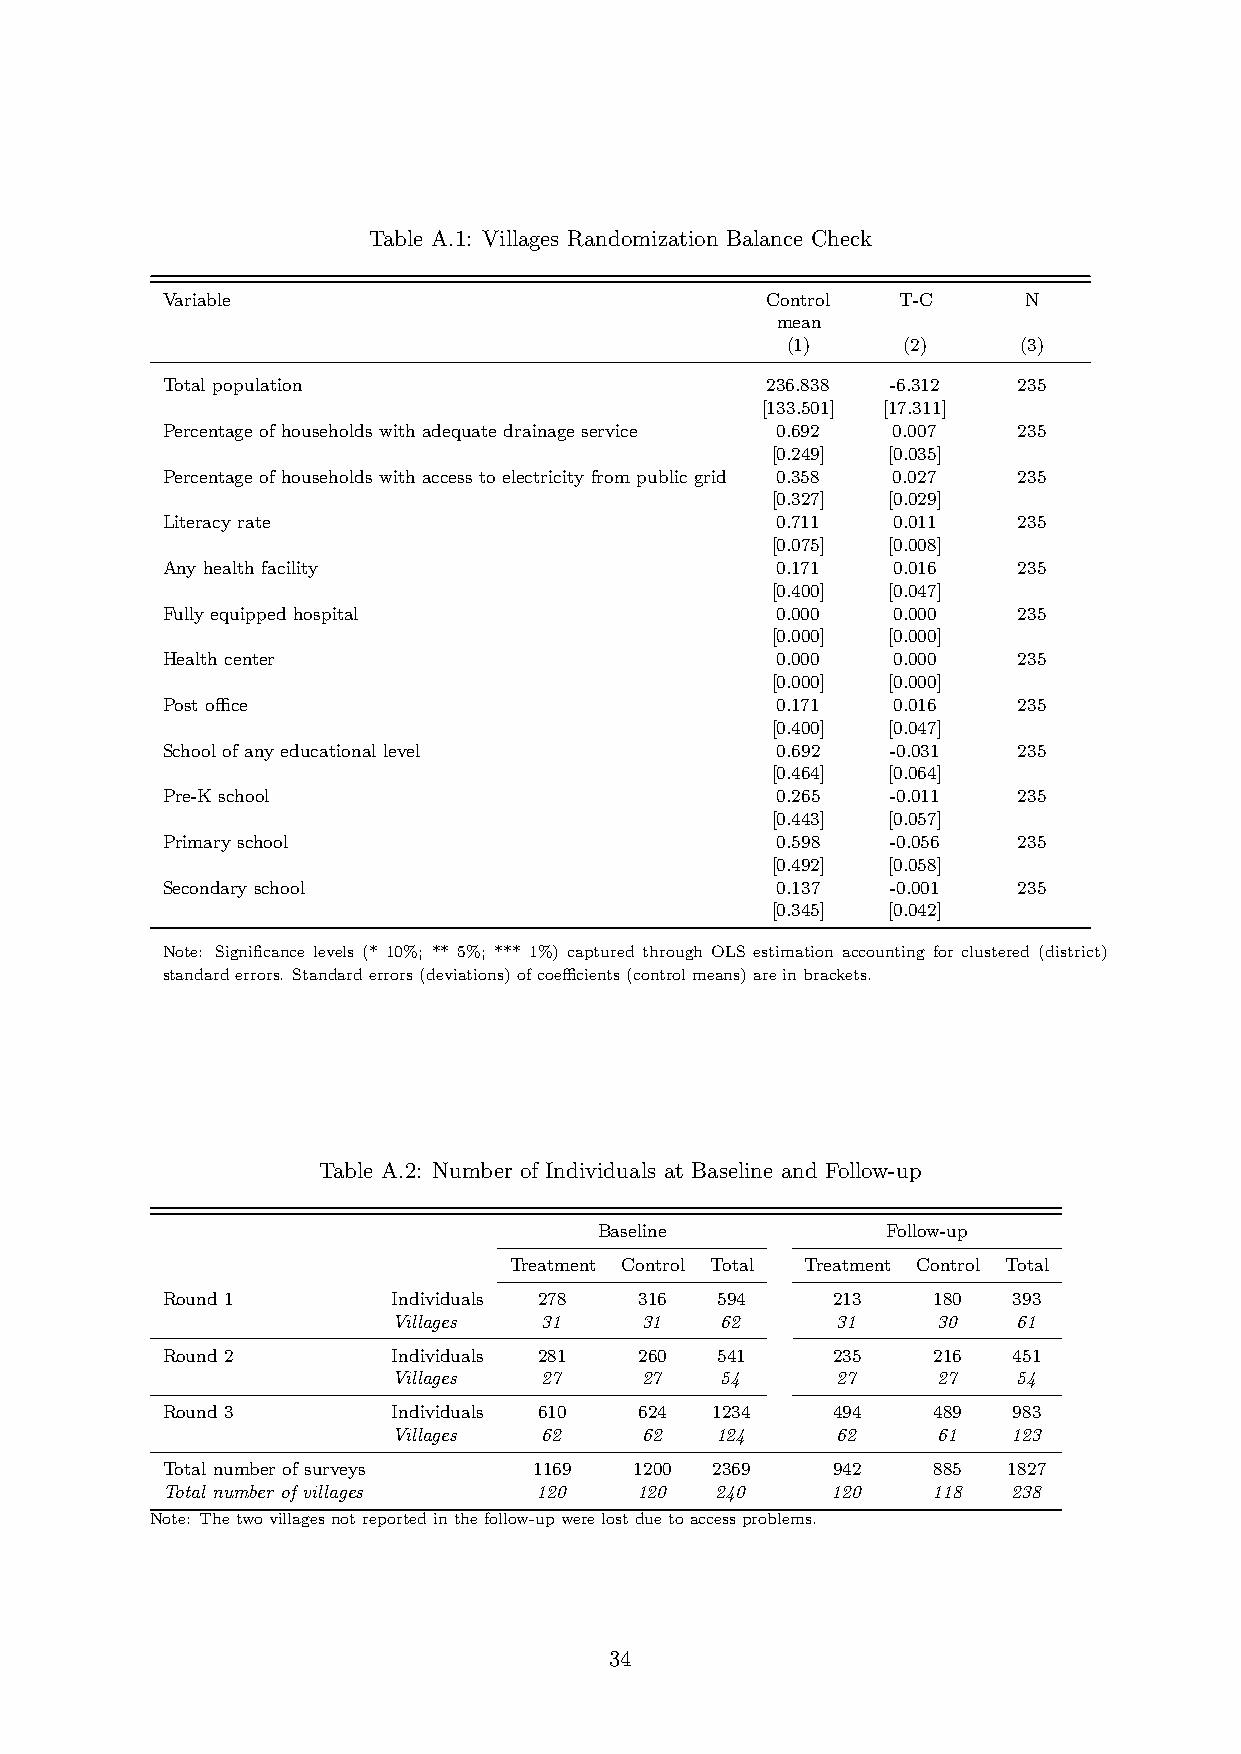
Table A.1: Villages Randomization Balance Check
 Variable                                Control T-C      N
 mean
 (1)     (2)     (3)
 Total population                        236.838 -6.312  235
 [133.501] [17.311]
 Percentage of households with adequate drainage service 0.692 0.007 235
 [0.249] [0.035]
 Percentage of households with access to electricity from public grid 0.358 0.027 235
 [0.327] [0.029]
 Literacy rate                           0.711   0.011   235
 [0.075] [0.008]
 Any health facility                     0.171   0.016   235
 [0.400] [0.047]
 Fully equipped hospital                 0.000   0.000   235
 [0.000] [0.000]
 Health center                           0.000   0.000   235
 [0.000] [0.000]
 Post office                             0.171   0.016   235
 [0.400] [0.047]
 School of any educational level         0.692   -0.031  235
 [0.464] [0.064]
 Pre-K school                            0.265   -0.011  235
 [0.443] [0.057]
 Primary school                          0.598   -0.056  235
 [0.492] [0.058]
 Secondary school                        0.137   -0.001  235
 [0.345] [0.042]
 Note: Significance levels (* 10%; ** 5%; *** 1%) captured through OLS estimation accounting for clustered (district)
 standarderrors. Standarderrors(deviations)ofcoefficients(controlmeans)areinbrackets.
 Table A.2: Number of Individuals at Baseline and Follow-up
 Baseline           Follow-up
 Treatment Control Total Treatment Control Total
 Round 1        Individuals 278 316   594    213    180  393
 Villages  31     31   62     31     30   61
 Round 2        Individuals 281 260   541    235    216  451
 Villages  27     27   54     27     27   54
 Round 3        Individuals 610 624  1234    494    489  983
 Villages  62     62  124     62     61   123
 Total number of surveys 1169   1200 2369    942    885  1827
 Total number of villages 120   120  240     120    118  238
 Note: Thetwovillagesnotreportedinthefollow-upwerelostduetoaccessproblems.
 34